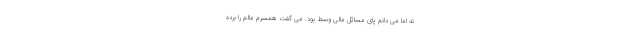
نه اما می دانم پای مسائل مالی وسط بود. می گفت همسرم مالم را برده